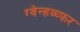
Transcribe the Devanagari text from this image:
ग्वेन्हव्य्फर